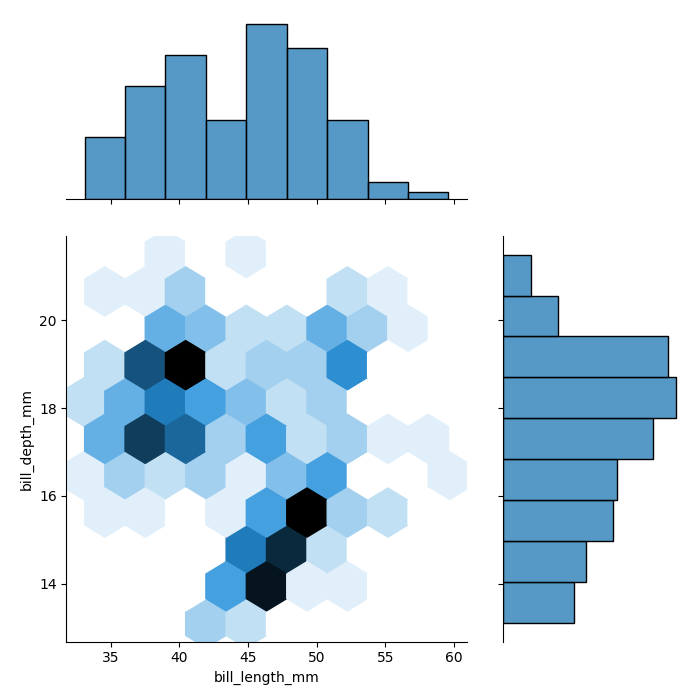
python, seaborn, jointplot, kind='hex', height='7', ratio='2', marginal_ticks='False'